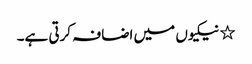
٭ نیکیوں میں اضافہ کرتی ہے۔